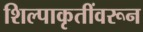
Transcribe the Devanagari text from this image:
शिल्पाकृतींवरून